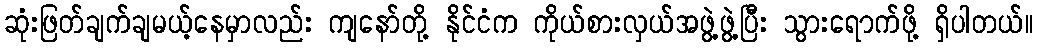
ဆုံးဖြတ်ချက်ချမယ့်နေမှာလည်း ကျနော်တို့ နိုင်ငံက ကိုယ်စားလှယ်အဖွဲ့ဖွဲ့ပြီး သွားရောက်ဖို့ ရှိပါတယ်။